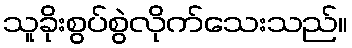
သူခိုးစွပ်စွဲလိုက်သေးသည်။